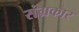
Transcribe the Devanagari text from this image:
संग्रकार